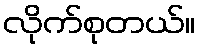
လိုက်စုတယ်။